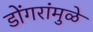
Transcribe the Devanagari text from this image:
डोंगरांमुळे